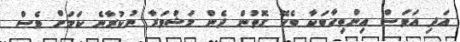
އަދި އަވަސް އިންތިހާބަކާ ބެހޭ ގޮތުން ދެން މަޝްވަރާ ނުކުރާނެ ކަމަށް ވެސް